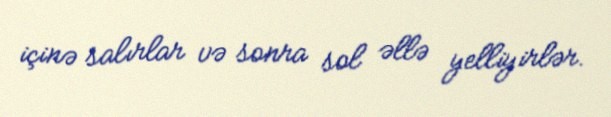
içinə salırlar və sonra sol əllə yelliyirlər.